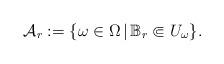
LaTeX: \begin{align*}\mathcal A_r:=\{\omega\in\Omega\,|\,\mathbb B_r\Subset U_\omega\}.\end{align*}